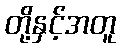
တို့နှင့်အတူ